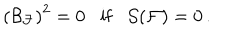
\left( { \cal B } _ { { \cal F } } \right) ^ { 2 } = 0 { \mathrm { i f } } { \cal S } ( { \cal F } ) = 0 \, .